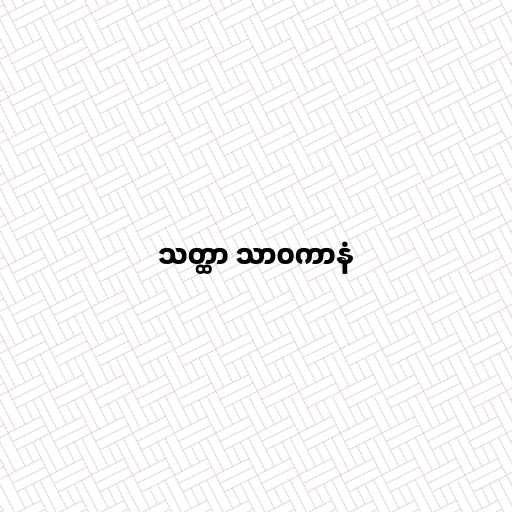
သတ္ထာ သာဝကာနံ